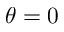
\theta = 0